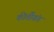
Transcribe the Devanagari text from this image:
कीर्तीवंत